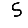
Digit: 5